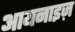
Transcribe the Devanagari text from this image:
आयनाइज़